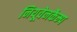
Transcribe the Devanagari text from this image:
नियूवेनकैम्प